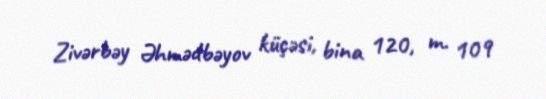
Zivərbəy Əhmədbəyov küçəsi, bina 120, m. 109